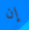
إن